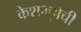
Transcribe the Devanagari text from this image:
केशभूषेची